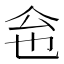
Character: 𠇜